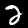
Label: 2